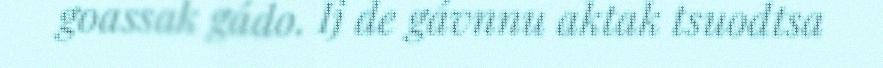
goassak gádo. Ij de gávnnu aktak tsuodtsa